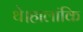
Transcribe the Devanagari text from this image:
थे।हालांकि